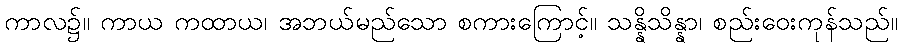
ကာလ၌။ ကာယ ကထာယ၊ အဘယ်မည်သော စကားကြောင့်။ သန္နိသိန္နာ၊ စည်းဝေးကုန်သည်။